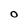
Character: o